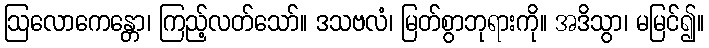
ဩလောကေန္တော၊ ကြည့်လတ်သော်။ ဒသဗလံ၊ မြတ်စွာဘုရားကို။ အဒိသွာ၊ မမြင်၍။